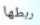
ربطها